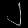
Digit: ၂